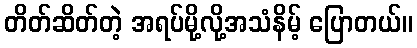
တိတ်ဆိတ်တဲ့ အရပ်မို့လို့အသံနိမ့် ပြောတယ်။